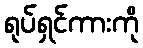
ရုပ်ရှင်ကားကို